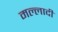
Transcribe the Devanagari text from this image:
मल्लादी